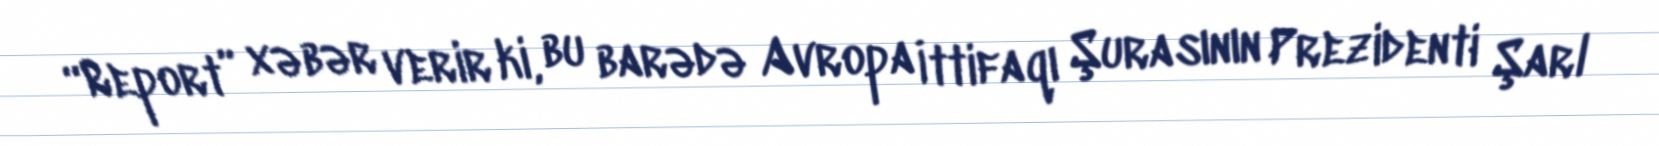
“Report” xəbər verir ki, bu barədə Avropa İttifaqı Şurasının Prezidenti Şarl